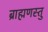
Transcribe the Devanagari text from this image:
ब्राह्मणस्तु